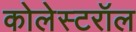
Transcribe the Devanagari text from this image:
कोलेस्टरॉल